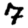
Digit: 7